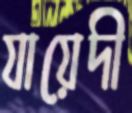
যায়েদী